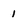
Character: 1